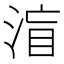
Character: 𱦼